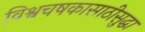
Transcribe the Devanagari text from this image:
विश्वचषकासाठीसुद्धा